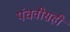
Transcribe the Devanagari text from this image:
पंचवीसही